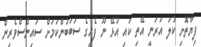
ފިޔާތޮށި ކުލަ އަރަނީ އޭތި ކައި އުޅޭ ނޫ ފެހީގެ ސަބަބުންކަމަށް ސައިންސްވެރިން